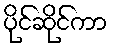
ပိုင်ဆိုင်ကာ